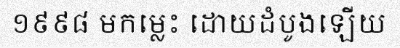
១៩៩៨ មកម្លេះ ដោយដំបូងឡើយ